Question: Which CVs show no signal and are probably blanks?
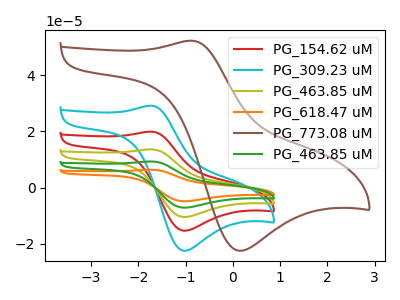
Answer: <think>The red curve "PG_154.62 uM" has an anodic peak at (-1.75V, 19.90uA) and a cathodic peak at (-1.05V, -15.35uA). The cyan curve "PG_309.23 uM" has an anodic peak at (-1.75V, 29.10uA) and a cathodic peak at (-1.05V, -22.50uA). The olive curve "PG_463.85 uM" has an anodic peak at (-1.75V, 39.75uA) and a cathodic peak at (-1.05V, -30.70uA). The orange curve "PG_618.47 uM" has an anodic peak at (-1.75V, 79.55uA) and a cathodic peak at (-1.05V, -61.40uA). The brown curve "PG_773.08 uM" has an anodic peak at (-0.90V, 52.25uA) and a cathodic peak at (0.10V, -22.45uA). The green curve "PG_463.85 uM" has an anodic peak at (-1.75V, 59.65uA) and a cathodic peak at (-1.05V, -46.05uA).</think>
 <answer>There are not any CV's on this graph that are likely to be blanks.</answer>
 <eval>none</eval>